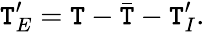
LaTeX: {\mathtt{T}}_{E}^{\prime}=\mathtt{T}-\bar{{\mathtt{T}}}-{\mathtt{T}}_{I}^{\prime}.